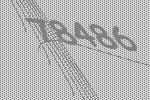
78486